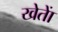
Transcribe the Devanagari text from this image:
खेताें